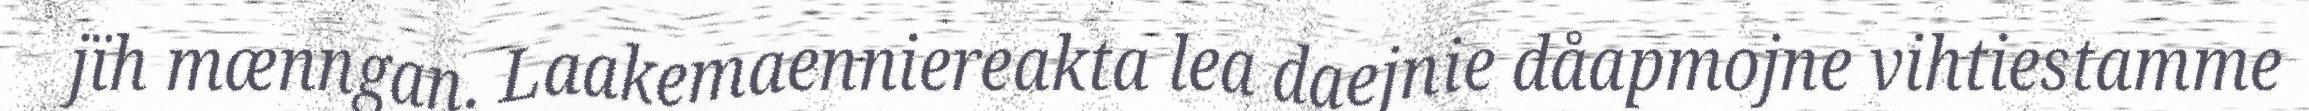
jïh mænngan. Laakemaenniereakta lea daejnie dåapmojne vihtiestamme